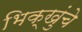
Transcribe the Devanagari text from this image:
भिक्खुंचे